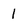
Character: 1